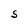
Character: S